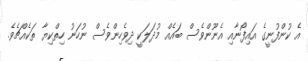
އެ ކުންފުނީގެ އައިފޯނާއި އެނޫންވެސް ބައެއް މުދަލަކީ ދިވެހިންވެސް ނުހަނު ހިތްކިޔާ ތަކެއްޗެވެ.